Annual report of the Punjab Veterinary College and of the Civil Veterinary Department, Punjab - 1894-1908
Year: 1894
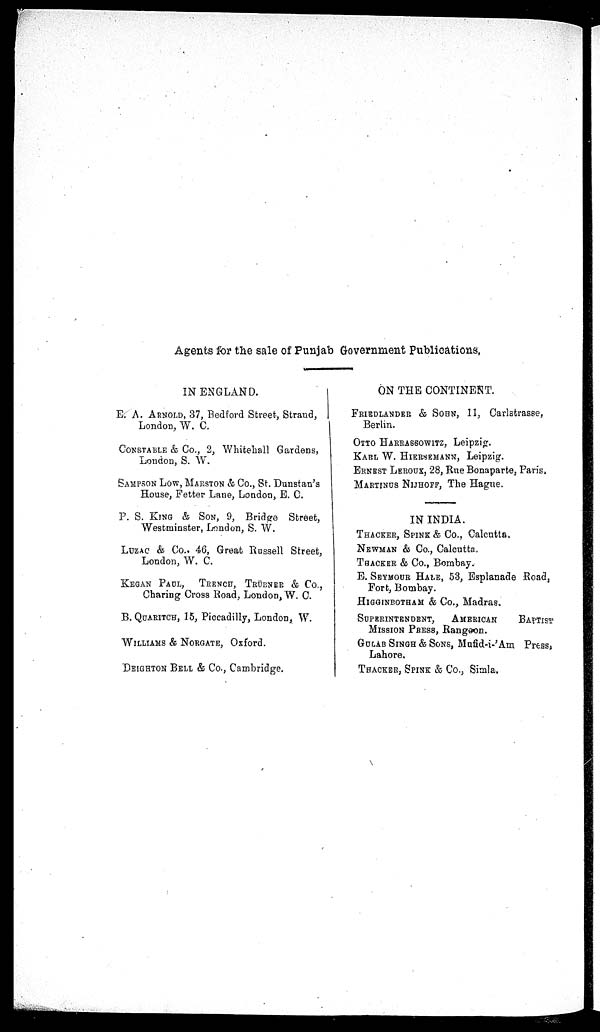
Agents for the sale of Punjab Government Publications,
IN ENGLAND.
E. A. ARNOLD, 37, Bedford Street, Strand,
London, W. C.
CONSTABLE & Co., 2, Whitehall Gardens,
London, S. W.
SAMPSON LOW, MARSTON & Co., St. Dunstan's
House, Fetter Lane, London, E. C.
P. S. KING & SON, 9, Bridge Street,
Westminster, London, S. W.
LUZAC & Co., 46, Great Russell Street,
London, W. C.
KEGAN PAUL,
TRENCH, TRÜBNER & Co.,
Charing Cross Road, London, W. C.
B. QUARITCH, 15, Piccadilly, London, W.
WILLIAMS & NORGATE, Oxford.
DEIGHTON BELL & Co., Cambridge.
ON THE CONTINENT.
FRIEDLANDER & SOHN, 11, Carlstrasse,
Berlin.
OTTO HARRASSOWITZ, Leipzig.
KARL W. HIERSEMANN, Leipzig.
ERNEST LEROUX, 28, Rue Bonaparte, Paris,
MARTINUS NIJHOFF, The Hague.
IN INDIA.
THACKER, SPINK & Co., Calcutta.
NEWMAN & Co., Calcutta.
THACKER & Co., Bombay.
E. SEYMOUR HALE, 53, Esplanade Road,
Fort, Bombay.
HIGGINBOTHAM & Co., Madras.
SUPERINTENDENT,
AMERICAN
BAPTIST
MISSION PRESS, Rangoon.
GULAB SINGH & SONS, Mufid-i-'Am Press,
Lahore.
THACKER, SPINK & Co., Simla.